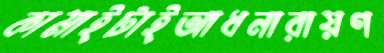
কামাইটাইআধনারায়ণ